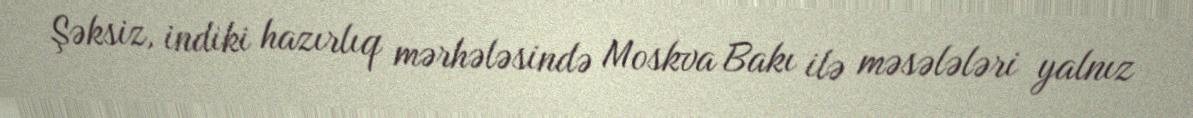
Şəksiz, indiki hazırlıq mərhələsində Moskva Bakı ilə məsələləri yalnız